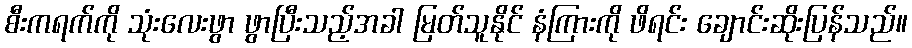
စီးကရက်ကို သုံးလေးဖွာ ဖွာပြီးသည့်အခါ မြတ်သူနိုင် နံကြားကို ဖိရင်း ချောင်းဆိုးပြန်သည်။